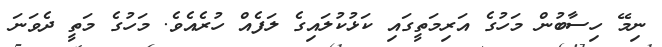
ނިމޭ ހިސާބުން މަހުގެ އަރިމަތީގައި ކަޅުކުލައިގެ ލަފެއް ހުރެއެވެ. މަހުގެ މަތީ ދެވަނަ